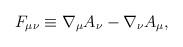
LaTeX: \begin{align*}F_{\mu \nu} \equiv \nabla_{\mu}A_{\nu}-\nabla_{\nu}A_{\mu} ,\end{align*}